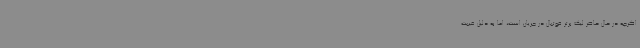
اگرچه در حال‌ حاضر لیگ برتر فوتبال در جریان است، اما به‌ دلیل غیبت